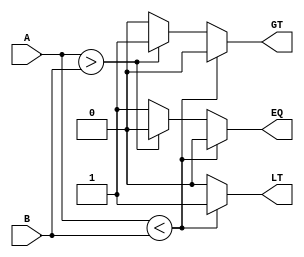
`timescale 1ns / 1ps
//////////////////////////////////////////////////////////////////////////////////
// Company: 
// Engineer: 
// 
// Design Name: 
// Module Name: COMP
// Project Name: 
// Target Devices: 
// Tool Versions: 
// Description: 
// 
// Dependencies: 
// 
// Revision:
// Revision 0.01 - File Created
// Additional Comments:
// 
//////////////////////////////////////////////////////////////////////////////////


module COMP #(parameter DATAWIDTH = 64)(A,B,GT,LT,EQ);
    input [DATAWIDTH-1:0] A,B;
    output reg GT,LT,EQ;
    
    always @(A,B)
    begin 
        GT <= 0; EQ <= 0; LT <= 0;// set it all to zero 
        if (A < B)
            LT <= 1;
        else if (A > B)
            GT <= 1;
        else 
            EQ <= 1;
    end
endmodule